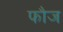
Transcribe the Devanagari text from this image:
फाैज